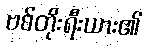
ဗစ်တိုးရီးယား၏